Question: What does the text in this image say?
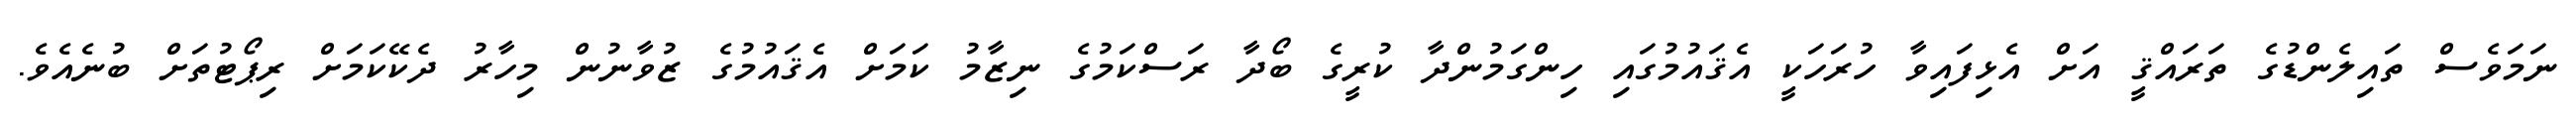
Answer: ނަމަވެސް ތައިލެންޑުގެ ތަރައްޤީ އަށް އެޅިފައިވާ ހުރަހަކީ އެޤައުމުގައި ހިންގަމުންދާ ކުރީގެ ބޯދާ ރަސްކަމުގެ ނިޒާމު ކަމަށް އެޤައުމުގެ ޒުވާނުން މިހާރު ދެކޭކަމަށް ރިޕޯޓުތަށް ބުނެއެވެ.